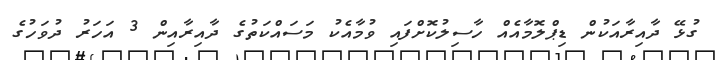
ގުޅޭ ދާއިރާއަކުން ޑިޕްލޮމާއެއް ހާސިލުކޮށްފައި ވުމާއެކު މަސައްކަތުގެ ދާއިރާއިން 3 އަހަރު ދުވަހުގެ